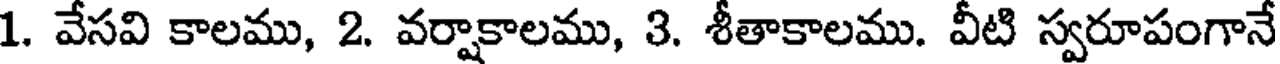
1. వేసవి కాలము, 2. వర్షాకాలము, 3. శీతాకాలము. వీటి స్వరూపంగానే